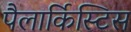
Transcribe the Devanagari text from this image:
पैलार्किस्टिस